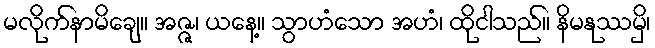
မလိုက်နာမိချေ။ အဇ္ဇ၊ ယနေ့။ သွာဟံသော အဟံ၊ ထိုငါသည်။ နိမနုဿမှိ၊